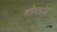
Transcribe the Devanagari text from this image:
वॉलफोर्ड